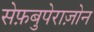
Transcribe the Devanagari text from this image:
सेफ़बुपेराज़ोन